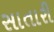
સાતારી